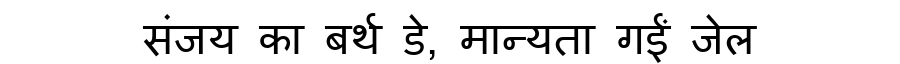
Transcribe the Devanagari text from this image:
संजय का बर्थ डे, मान्यता गईं जेल